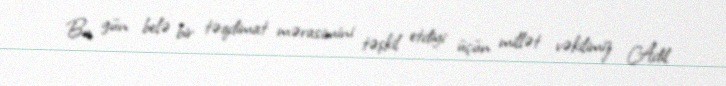
Bu gün belə bir təqdimat mərasimini təşkil etdiyi üçün millət vəkilimiz Adil